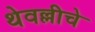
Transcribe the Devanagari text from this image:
थेवल्लीचे